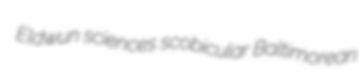
Eldwun sciences scobicular Baltimorean